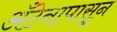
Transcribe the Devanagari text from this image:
अँटेनापासून